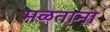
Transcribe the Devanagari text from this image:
मळताना